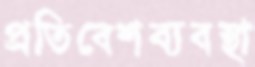
প্রতিবেশব্যবস্থা